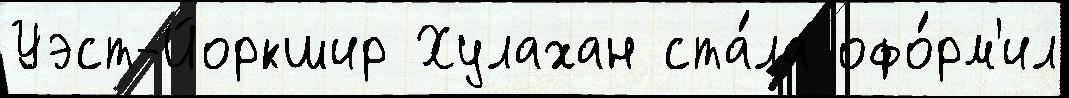
Уэст-Йоркшир Хулахан ста́ла офо́рм'ил